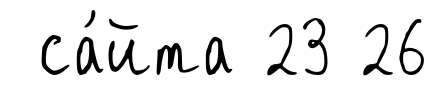
са́йта 23 26